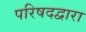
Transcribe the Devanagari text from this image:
परिषदद्वारा